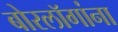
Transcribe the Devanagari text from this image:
बोरलॉगांना